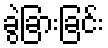
ခွဲခြားခြင်း